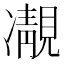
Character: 𩇟